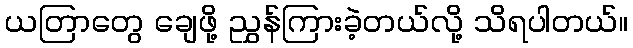
ယတြာတွေ ချေဖို့ ညွှန်ကြားခဲ့တယ်လို့ သိရပါတယ်။